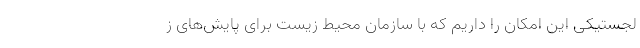
لجستیکی این امکان را داریم که با سازمان محیط زیست برای پایش‌های ز